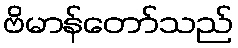
ဗိမာန်တော်သည်